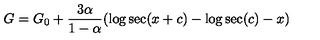
G = G _ { 0 } + \frac { 3 \alpha } { 1 - \alpha } ( \log \sec ( x + c ) - \log \sec ( c ) - x )